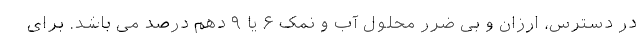
در دسترس، ارزان و بی ضرر محلول آب و نمک ۶ یا ۹ دهم درصد می باشد. برای